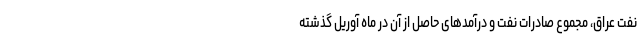
نفت عراق، مجموع صادرات نفت و درآمدهای حاصل از آن در ماه آوریل گذشته